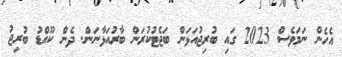
އެހެން ނަމަވެސް 2023 ގައި ބުރިޖުއަޅަން ބަޖެޓުކުރަން ބާރުއަޅާނަން. ދެން ކޫއްޑު ބުރިޖު